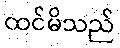
ထင်မိသည်